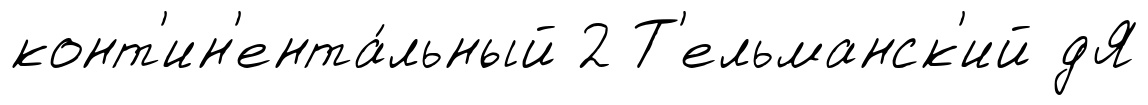
конт'ин'ента́льный 2 Т'ельманск'ий дЯ